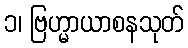
၁၊ ဗြဟ္မာယာစနသုတ်